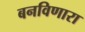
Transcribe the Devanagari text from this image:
बनविणारा